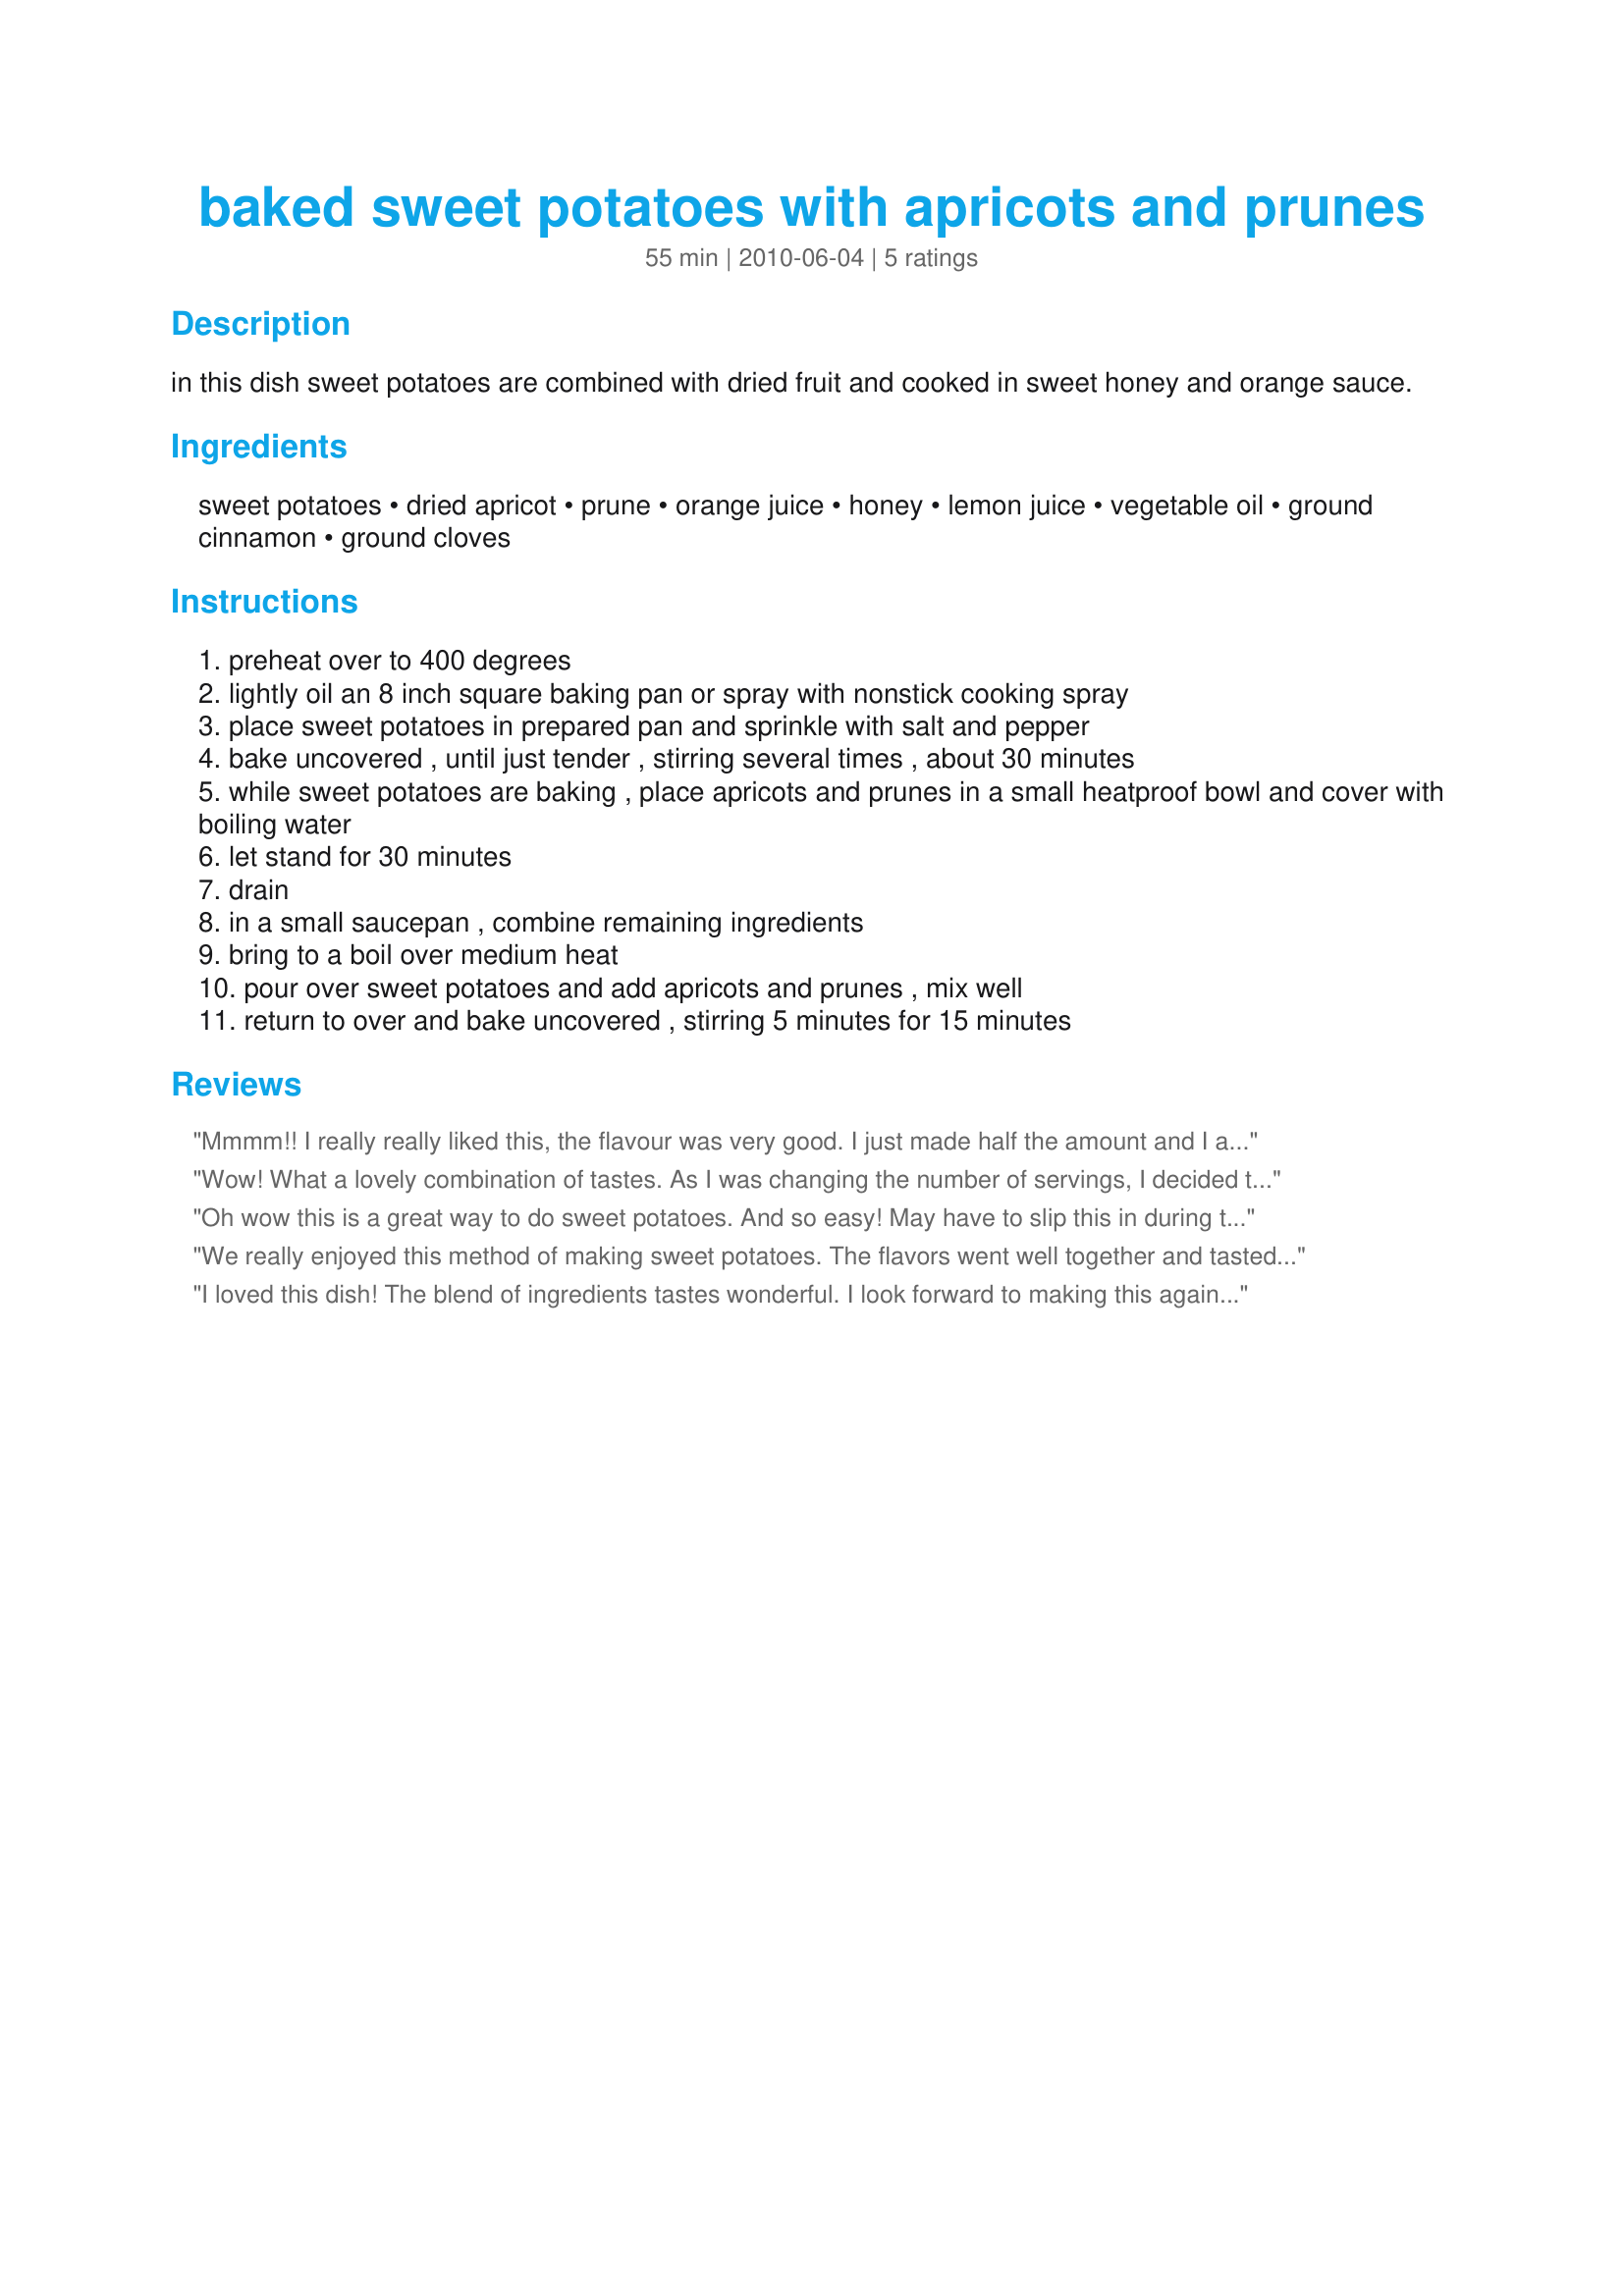
baked sweet potatoes with apricots and prunes
Preparation time: 55 minutes

in this dish sweet potatoes are combined with dried fruit and cooked in sweet honey and orange sauce.

Ingredients:
sweet potatoes, dried apricot, prune, orange juice, honey, lemon juice, vegetable oil, ground cinnamon, ground cloves

Steps:
preheat over to 400 degrees
lightly oil an 8 inch square baking pan or spray with nonstick cooking spray
place sweet potatoes in prepared pan and sprinkle with salt and pepper
bake uncovered , until just tender , stirring several times , about 30 minutes
while sweet potatoes are baking , place apricots and prunes in a small heatproof bowl and cover with boiling water
let stand for 30 minutes
drain
in a small saucepan , combine remaining ingredients
bring to a boil over medium heat
pour over sweet potatoes and add apricots and prunes , mix well
return to over and bake uncovered , stirring 5 minutes for 15 minutes

Reviews:
Mmmm!! I really really liked this, the flavour was very good. I just made half the amount and I ate it all myself, I am embarrassed to say, but hey it was good so why not. I can't really describe the flavour, just that is was lovely and sweet and very tasty. I will be making this again, I haven't used a lot of sweet potatoes in the past, but I will rectify that now. Thank you for posting. Made for ZWT#6 2010.
Wow! What a lovely combination of tastes. As I was changing the number of servings, I decided to make this in my Pampered Chef small round baking stoneware. Came out beautiful. I love prunes, so this was especially delicious to me. Thnx for sharing another of your recipes, morgainegeiser. Made for the Voracious Vagabonds of ZWT 6.
Oh wow this is a great way to do sweet potatoes. And so easy! May have to slip this in during the holidays. Thanks for a great new way and doing sweet potatoes. Made for ZWT6. Voracious Vagabonds
We really enjoyed this method of making sweet potatoes. The flavors went well together and tasted great! Thanks for sharing. Made for ZWT 6.
I loved this dish! The blend of ingredients tastes wonderful. I look forward to making this again. Thanks for sharing the recipe.
